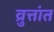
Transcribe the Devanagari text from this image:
व्रुत्तांत